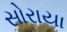
સોરાયા